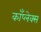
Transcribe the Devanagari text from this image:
काँप्लेक्स